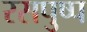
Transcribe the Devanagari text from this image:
रसपुष्प